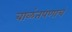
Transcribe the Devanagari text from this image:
बाळंतपणाचं